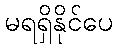
မရရှိနိုင်ပေ